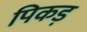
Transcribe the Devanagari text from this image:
पिकड़